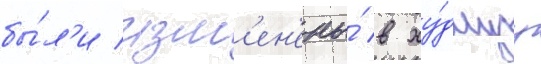
бы́л'и изм'ен'ены́ в ху́дшуу